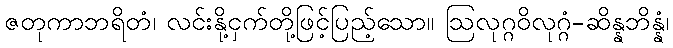
ဇတုကာဘရိတံ၊ လင်းနို့ငှက်တို့ဖြင့်ပြည့်သော။ ဩလုဂ္ဂဝိလုဂ္ဂံ-ဆိန္နဘိန္နံ၊